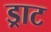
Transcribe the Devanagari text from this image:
ड्राट